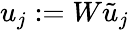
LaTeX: u_{j}:=W\tilde{u}_{j}